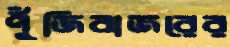
পুঁজিবাজরের